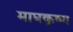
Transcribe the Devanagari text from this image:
माघकृष्ण